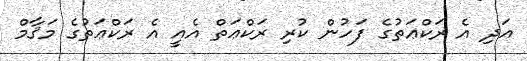
އަދި އެ ރަކްޢަތުގެ ފަހުން ކުރި ރަކްޢަތް އެއީ އެ ރަކްޢަތުގެ މަޤާމް